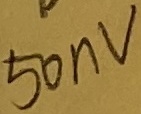
Text: 50nV